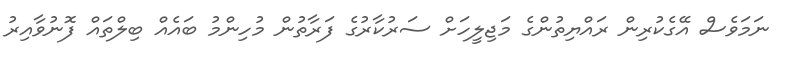
ނަމަވެސް އޭގެކުރިން ރައްޔިތުންގެ މަޖިލީހަށް ސަރުކާރުގެ ފަރާތުން މުހިންމު ބައެއް ބިލްތައް ފޮނުވާއިރު